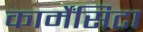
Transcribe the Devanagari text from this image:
कार्मेंसिटा